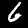
Label: 6